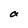
Character: a